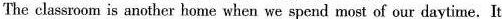
The classroom is another home when we spend most of our daytime.It